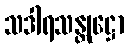
သဒါရသန္တုဋ္ဌော